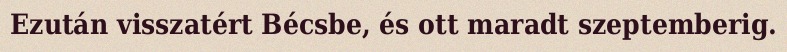
Ezután visszatért Bécsbe, és ott maradt szeptemberig.